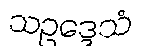
သဥဒ္ဒေသံ